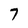
Character: 7